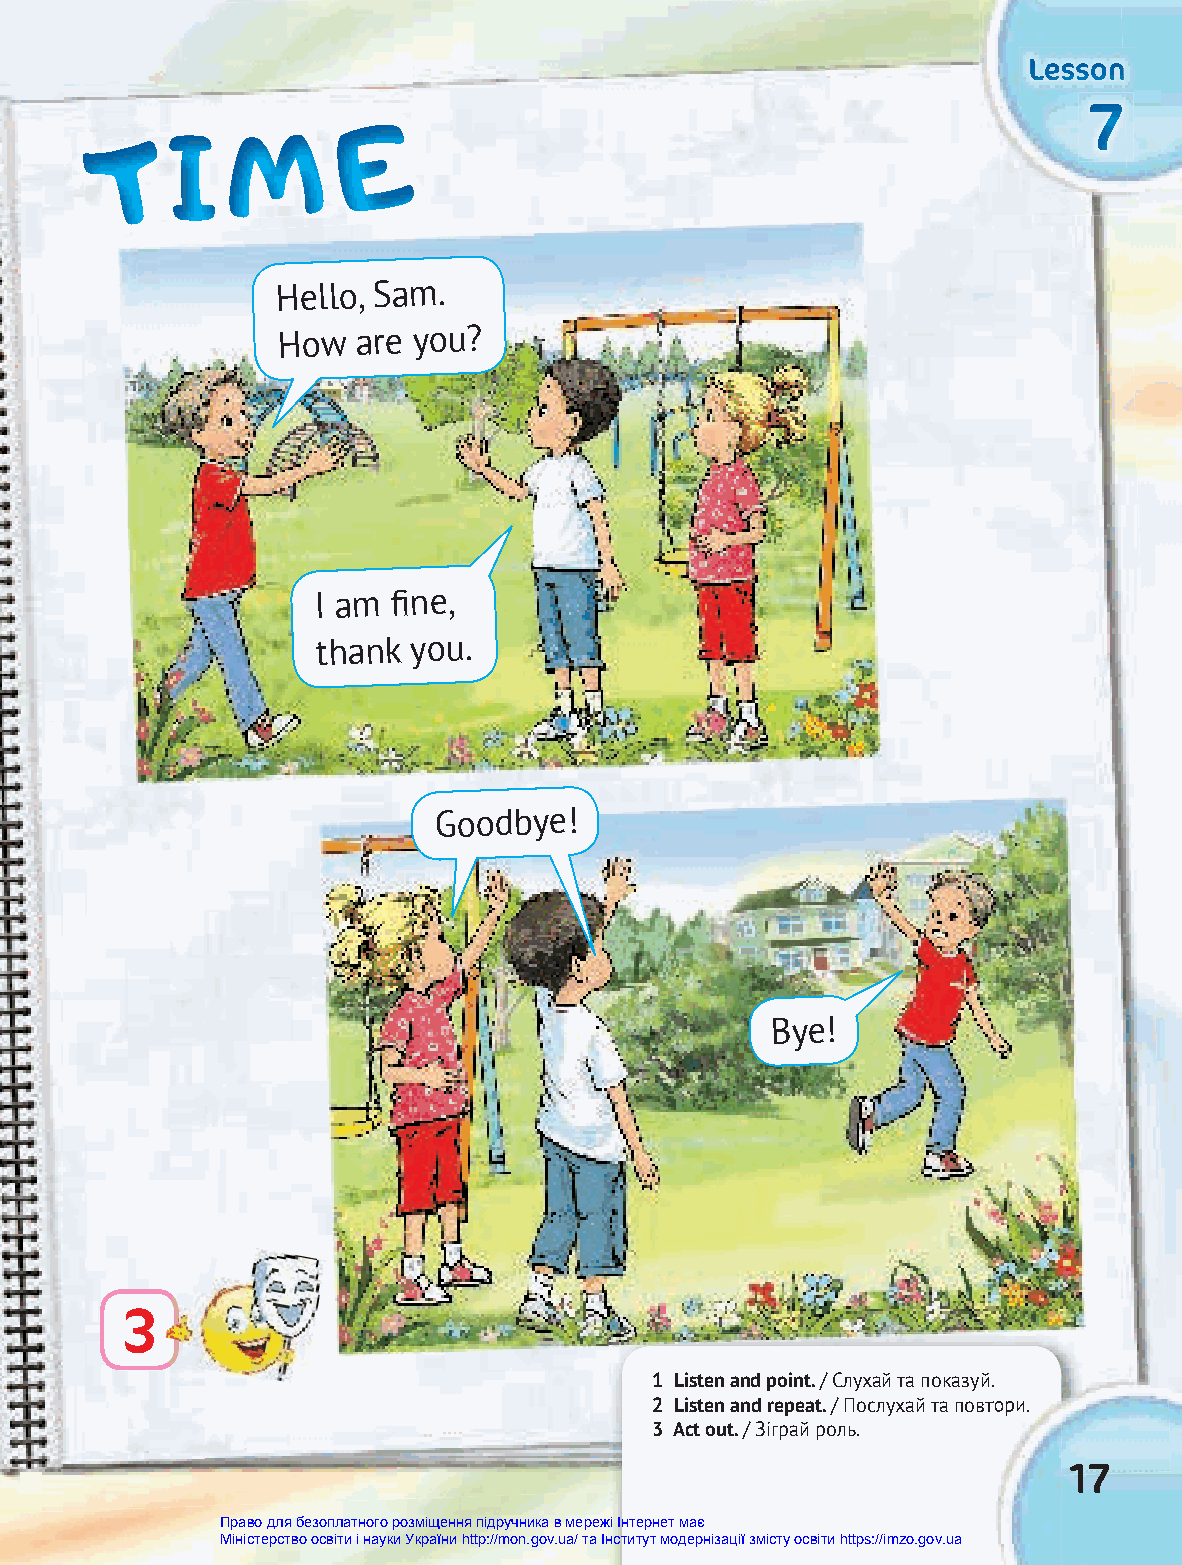
LLLLLLeeeeeessssssssssssoooooonnnnnn
 TTT   III MMM    EEE                                              777
 Hello, Sam.
 How   are you?
 I am fi ne,
 thank you.
 Goodbye!
 Bye!
 3
 1 Listen and point. // ССллууххаайй ттаа ппооккааззууйй..
 2 Listen and repeat. // ППооссллууххаайй ттаа ппооввттооррии..
 3 Act out. / Зіграй роль.
 17
 Право для безоплатного розміщення підручника в мережі Інтернет має
 Міністерство освіти і науки України http://mon.gov.ua/ та Інститут модернізації змісту освіти https://imzo.gov.ua